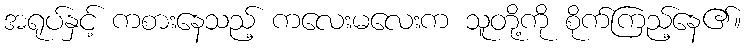
အရုပ်နှင့် ကစားနေသည့် ကလေးမလေးက သူတို့ကို စိုက်ကြည့်နေ၏။